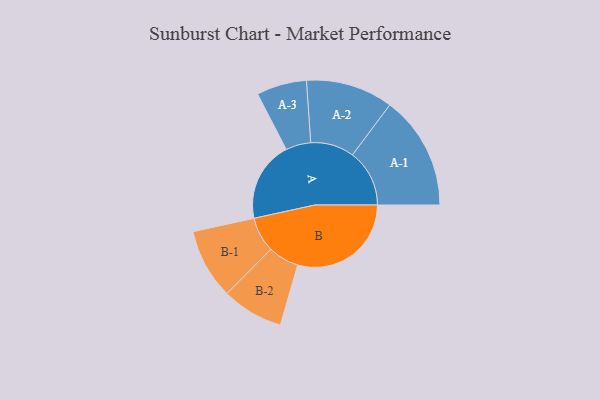
{"axis": {"x": "Segment", "y": "Value"}, "legend": ["", "A", "B"], "data": [{"x": "A", "y": 352, "type": ""}, {"x": "B", "y": 498, "type": ""}, {"x": "A-1", "y": 250, "type": "A"}, {"x": "A-2", "y": 191, "type": "A"}, {"x": "A-3", "y": 110, "type": "A"}, {"x": "B-1", "y": 154, "type": "B"}, {"x": "B-2", "y": 135, "type": "B"}]}